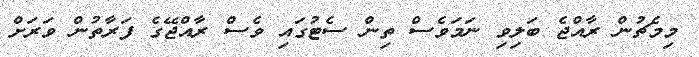
މިމެޗުން ރާއްޖެ ބަލިވި ނަމަވެސް ތިން ސެޓުގައި ވެސް ރާއްޖޭގެ ފަރާތުން ވަރަށް